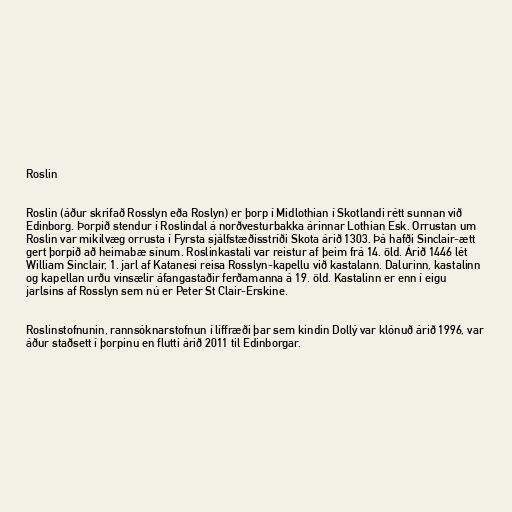
Roslin

Roslin (áður skrifað Rosslyn eða Roslyn) er þorp í Midlothian í Skotlandi rétt sunnan við
Edinborg. Þorpið stendur í Roslindal á norðvesturbakka árinnar Lothian Esk. Orrustan um
Roslin var mikilvæg orrusta í Fyrsta sjálfstæðisstríði Skota árið 1303. Þá hafði Sinclair-ætt
gert þorpið að heimabæ sínum. Roslinkastali var reistur af þeim frá 14. öld. Árið 1446 lét
William Sinclair, 1. jarl af Katanesi reisa Rosslyn-kapellu við kastalann. Dalurinn, kastalinn
og kapellan urðu vinsælir áfangastaðir ferðamanna á 19. öld. Kastalinn er enn í eigu
jarlsins af Rosslyn sem nú er Peter St Clair-Erskine.

Roslinstofnunin, rannsóknarstofnun í líffræði þar sem kindin Dollý var klónuð árið 1996, var
áður staðsett í þorpinu en flutti árið 2011 til Edinborgar.